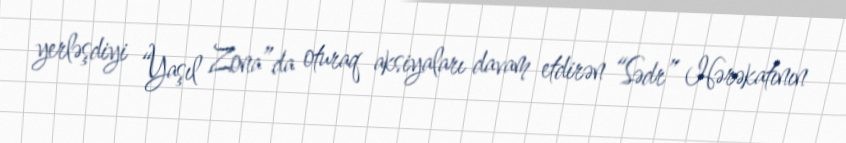
yerləşdiyi “Yaşıl Zona”da oturaq aksiyaları davam etdirən “Sədr” Hərəkatının